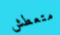
متعطش